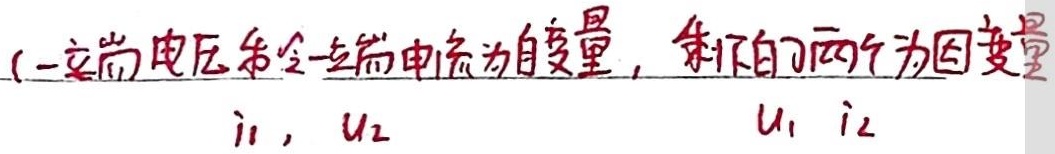
(一端口电压和令一端口电流为自变量，剩下的两个为因变量
\(i_1,\ U_2\) \(U_1\ i_2\)